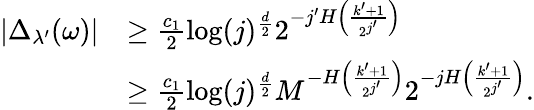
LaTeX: \begin{array}{rl}{|\Delta_{\lambda^{\prime}}(\omega)|}&{\geq\frac{c_{1}}{2}\log(j)^{\frac{d}{2}}2^{-j^{\prime}H\left(\frac{k^{\prime}+1}{2^{j^{\prime}}}\right)}}\\ &{\geq\frac{c_{1}}{2}\log(j)^{\frac{d}{2}}M^{-H\left(\frac{k^{\prime}+1}{2^{j^{\prime}}}\right)}2^{-jH\left(\frac{k^{\prime}+1}{2^{j^{\prime}}}\right)}.}\end{array}